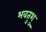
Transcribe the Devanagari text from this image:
भवतुशु